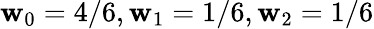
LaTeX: \mathbf{w}_{0}=4/6,\mathbf{w}_{1}=1/6,\mathbf{w}_{2}=1/6